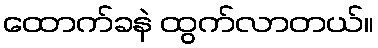
ထောက်ခနဲ ထွက်လာတယ်။